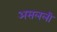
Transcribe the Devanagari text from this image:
असलली